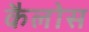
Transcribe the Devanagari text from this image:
कैलोस